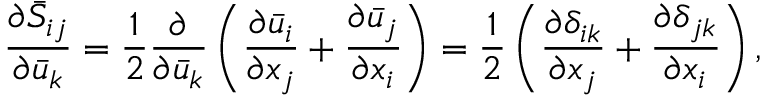
\frac { { \partial { { \bar { S } } _ { i j } } } } { { \partial { { \bar { u } } _ { k } } } } = \frac { 1 } { 2 } \frac { \partial } { { \partial { { \bar { u } } _ { k } } } } \left( { \frac { { \partial { { \bar { u } } _ { i } } } } { { \partial { x _ { j } } } } + \frac { { \partial { { \bar { u } } _ { j } } } } { { \partial { x _ { i } } } } } \right) = \frac { 1 } { 2 } \left( { \frac { { \partial { \delta _ { i k } } } } { { \partial { x _ { j } } } } + \frac { { \partial { \delta _ { j k } } } } { { \partial { x _ { i } } } } } \right) ,